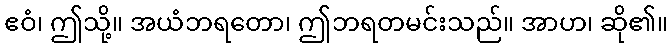
ဧဝံ၊ ဤသို့။ အယံဘရတော၊ ဤဘရတမင်းသည်။ အာဟ၊ ဆို၏။